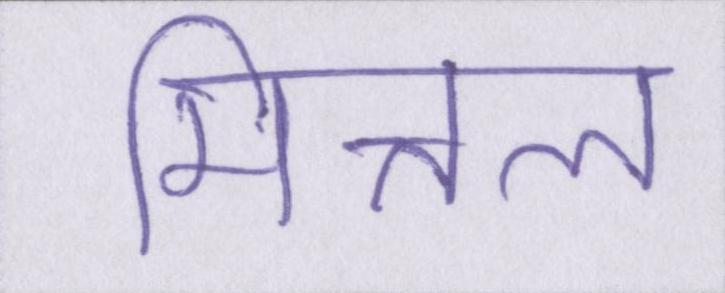
मित्तल